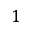
1